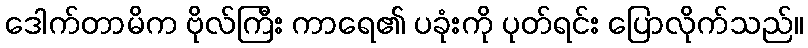
ဒေါက်တာမိက ဗိုလ်ကြီး ကာရေ၏ ပခုံးကို ပုတ်ရင်း ပြောလိုက်သည်။